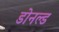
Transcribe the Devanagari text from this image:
डोनल्‍ड